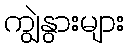
ကျွဲနွားများ